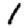
Digit: 1